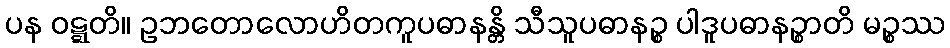
ပန ဝဋ္ဋတိ။ ဥဘတောလောဟိတကူပဓာနန္တိ သီသူပဓာနဉ္စ ပါဒူပဓာနဉ္စာတိ မဉ္စဿ